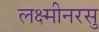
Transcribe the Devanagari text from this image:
लक्ष्मीनरसु